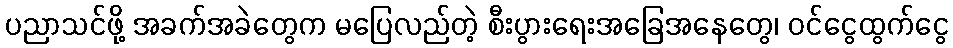
ပညာသင်ဖို့ အခက်အခဲတွေက မပြေလည်တဲ့ စီးပွားရေးအခြေအနေတွေ၊ ဝင်ငွေထွက်ငွေ